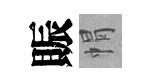
賑㡌